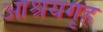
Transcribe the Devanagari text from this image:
आश्रयगृह